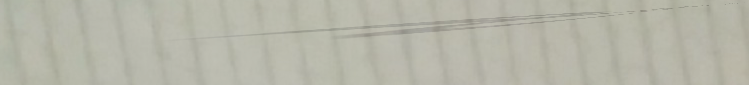
صيدلية المستقبل توفر جميع